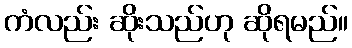
ကံလည်း ဆိုးသည်ဟု ဆိုရမည်။